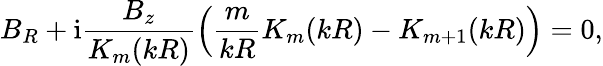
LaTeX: B_{R}+\mathrm{i}\frac{B_{z}}{K_{m}(kR)}\left(\frac{m}{kR}K_{m}(kR)-K_{m+1}(kR)\right)=0,